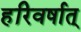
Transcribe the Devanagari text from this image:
हरिवर्षात्